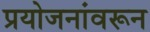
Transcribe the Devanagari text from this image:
प्रयोजनांवरून